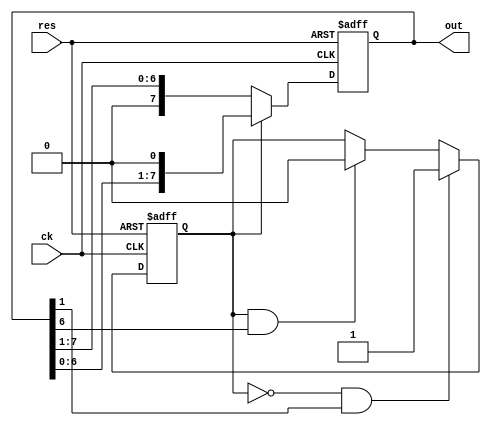
module knight3(input ck, input res, output [7:0] out);
//  reg ck, res;
  reg [7:0] out;
  reg up;

  always @(posedge ck or posedge res) begin
    if (res) begin
      up <= 1;
      out <= 8'b00000001;
    end else begin
      if (!up && out[1])
        up <= 1;
      else if (up && out[6])
        up <= 0;
      if (up)
        out <= out << 1;
      else
        out <= out >> 1;
    end
  end

endmodule